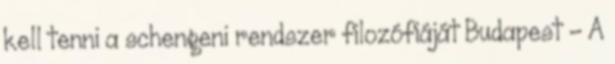
kell tenni a schengeni rendszer filozófiáját Budapest – A